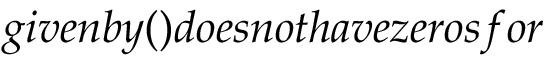
g i v e n b y ( ) d o e s n o t h a v e z e r o s f o r